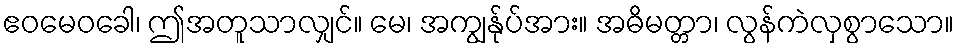
ဧဝမေဝခေါ၊ ဤအတူသာလျှင်။ မေ၊ အကျွန်ုပ်အား။ အဓိမတ္တာ၊ လွန်ကဲလှစွာသော။